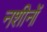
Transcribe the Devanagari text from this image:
नशीनों